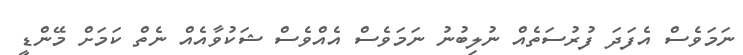
ނަމަވެސް އެފަދަ ފުރުސަތެއް ނުލިބުނު ނަމަވެސް އެއްވެސް ޝަކުވާއެއް ނެތް ކަމަށް މޭންޑީ